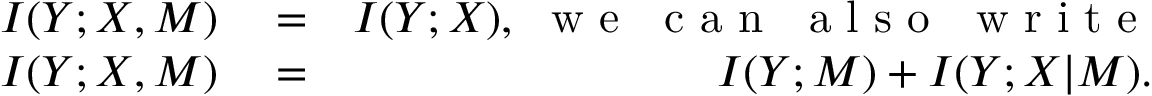
\begin{array} { r l r } { I ( Y ; X , M ) } & { { } = } & { I ( Y ; X ) , ~ \mathrm { ~ w ~ e ~ ~ ~ c ~ a ~ n ~ ~ ~ a ~ l ~ s ~ o ~ ~ ~ w ~ r ~ i ~ t ~ e ~ } } \\ { I ( Y ; X , M ) } & { { } = } & { I ( Y ; M ) + I ( Y ; X \vert M ) . } \end{array}